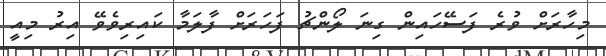
މިހާރަށް ވުރެ ފަސޭހައިން ގިނަ ލޯންޗު ފަހަރަށް ފާލަމާ ކައިރިވެވޭ އިރު މިއީ